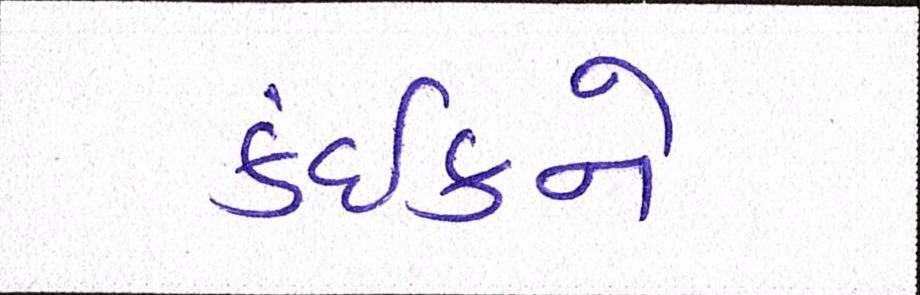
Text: કંઈકને